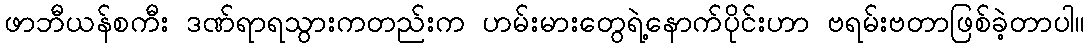
ဖာဘီယန်စကီး ဒဏ်ရာရသွားကတည်းက ဟမ်းမားတွေရဲ့နောက်ပိုင်းဟာ ဗရမ်းဗတာဖြစ်ခဲ့တာပါ။